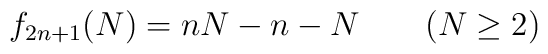
f_{2n+1}(N)=nN-n-N\qquad (N\geq 2)